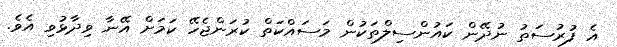
އެ ފުރުސަތު ނުދޭން ކައުންސިލްތަކުން މަސައްކަތް ކުރަންޖެހޭ ކަމަށް އޭނާ ވިދާޅުވި އެވެ.